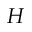
H